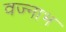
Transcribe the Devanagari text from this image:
वज्नाभ